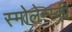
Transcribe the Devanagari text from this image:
स्मोलेन्स्की